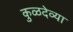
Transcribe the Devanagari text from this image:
कुळदेव्या